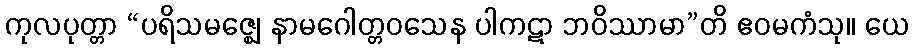
ကုလပုတ္တာ “ပရိသမဇ္ဈေ နာမဂေါတ္တဝသေန ပါကဋာ ဘဝိဿာမာ”တိ ဧဝမကံသု။ ယေ